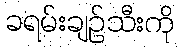
ခရမ်းချဉ်သီးကို